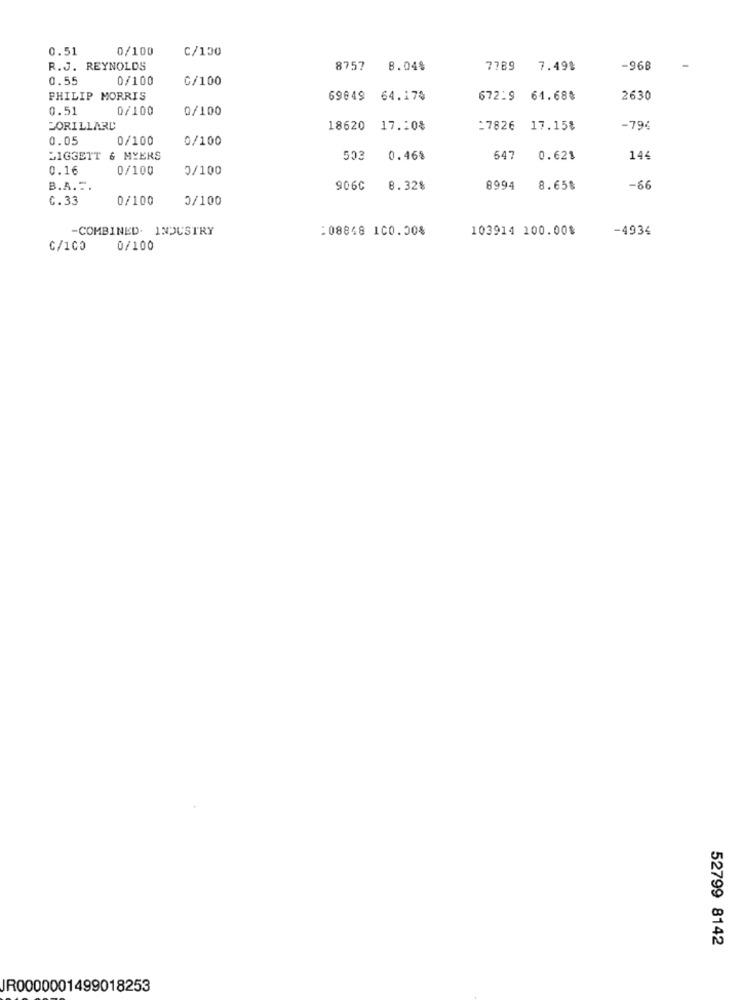
0.51
0/100
C/150
R.J. REYNOLDS
8757
8.04%
7789
7.49%
-968
0.55
0/100
C/100
PHILIP MORRIS
69049
64.17%
672.9
61.68%
2630
0.51
0/100
0/100
JORILLARD
18620 17.10%
:7826 17.15%
-79:
0.05
0/100
0/100
LIGGETT & MYERS
503
0.46%
647
0.621
144
0.16
0/100
0/100
B.A ...
906C
8.32%
8994
8.65$
-66
C.33
0/100
0/100
-COMBINED. INDUSTRY
:08848 100.00%
103914 100.00$
-4934
C/100
0/100
52799 8142
JR0000001499018253